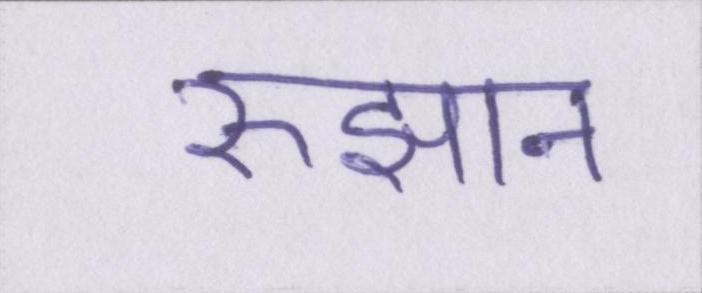
रुझान